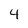
Character: 4